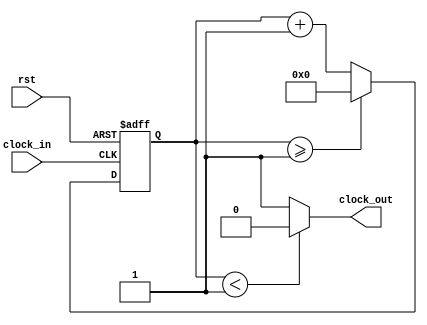
/*********************************************************
 *
 *  Module: clkDiv.v
 *  Project: Hunter_RV32
 *  Description: Clock Divider
 *
 *********************************************************/
`timescale 1ns / 1ns

module clkDiv(clock_in, clock_out, rst);

    input clock_in;
    output clock_out;
    input rst;
    
    reg[27:0] counter = 28'd0;
    parameter DIVISOR = 28'd2;

    always @(posedge clock_in or posedge rst) begin
        if (rst == 1'b1) begin
            counter <= (DIVISOR-1);
        end
        else begin
            counter <= counter + 28'd1;
            if(counter >= (DIVISOR-1))
                counter <= 28'd0;
        end
    end
    
    assign clock_out = (counter < DIVISOR/2) ? 1'b0 : 1'b1;
    
endmodule